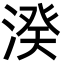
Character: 湀